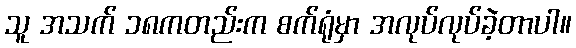
သူ အသက် ၁၈ကတည်းက စက်ရုံမှာ အလုပ်လုပ်ခဲ့တာပါ။